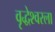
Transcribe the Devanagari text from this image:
वृद्धेश्‍वरला